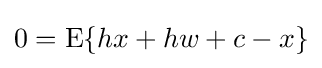
0=\operatorname {E} \{hx+hw+c-x\}